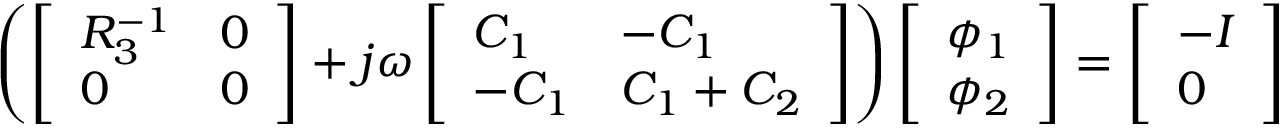
\begin{array} { r } { \left( \left[ \begin{array} { l l } { R _ { 3 } ^ { - 1 } } & { 0 } \\ { 0 } & { 0 } \end{array} \right] + j \omega \left[ \begin{array} { l l } { C _ { 1 } } & { - C _ { 1 } } \\ { - C _ { 1 } } & { C _ { 1 } + C _ { 2 } } \end{array} \right] \right) \left[ \begin{array} { l } { \phi _ { 1 } } \\ { \phi _ { 2 } } \end{array} \right] = \left[ \begin{array} { l } { - I } \\ { 0 } \end{array} \right] } \end{array}